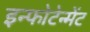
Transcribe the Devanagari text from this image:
इन्फोटेन्मेंट